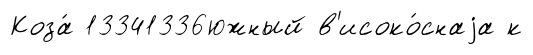
Коза́ 13341336южный в'исоко́снаjа к